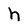
Character: h